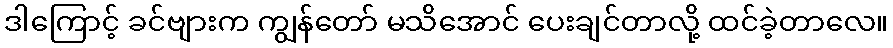
ဒါကြောင့် ခင်ဗျားက ကျွန်တော် မသိအောင် ပေးချင်တာလို့ ထင်ခဲ့တာလေ။